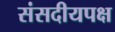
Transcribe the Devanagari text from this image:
संसदीयपक्ष